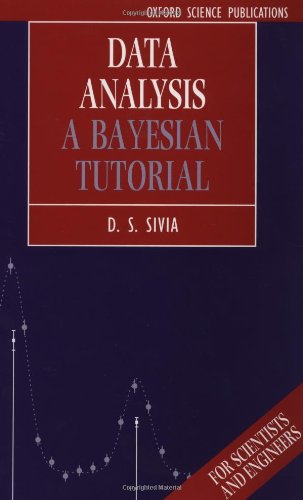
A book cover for Data Analysis: A Bayesian Tutorial (Oxford Science Publications); D. S. Sivia; Science & Math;